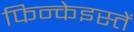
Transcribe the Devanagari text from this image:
फिन्केइस्तें